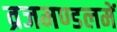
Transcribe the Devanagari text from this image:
व्रजमण्डलमें